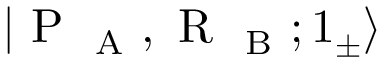
| \mathrm { ~ P ~ } _ { \mathrm { ~ A ~ } } , \mathrm { ~ R ~ } _ { \mathrm { ~ B ~ } } ; 1 _ { \pm } \rangle